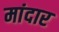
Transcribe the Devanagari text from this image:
मांदार